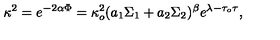
\kappa ^ { 2 } = e ^ { - 2 \alpha \Phi } = \kappa _ { o } ^ { 2 } ( a _ { 1 } \Sigma _ { 1 } + a _ { 2 } \Sigma _ { 2 } ) ^ { \beta } e ^ { \lambda - \tau _ { o } \tau } ,